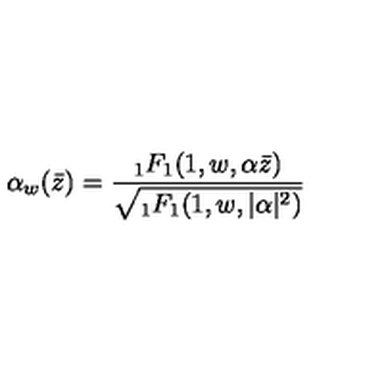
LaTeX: \alpha _ { w } ( \bar { z } ) = \frac { { } _ { 1 } F _ { 1 } ( 1 , w , \alpha \bar { z } ) } { \sqrt { { } _ { 1 } F _ { 1 } ( 1 , w , \vert \alpha \vert ^ { 2 } ) } }